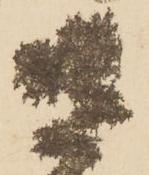
さ